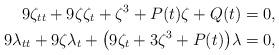
LaTeX: \begin{align*}9\zeta_{tt} + 9\zeta\zeta_t +\zeta^3 + P(t)\zeta + Q(t) = 0,\\9\lambda_{tt} +9\zeta \lambda_t + \bigl(9\zeta_t +3\zeta^3 + P(t)\bigr)\lambda = 0,\end{align*}